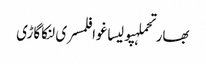
بھارتحملہپولیساغوافلمسری لنکاگاڑی